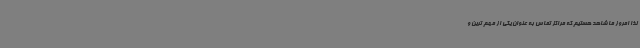
لذا امروز ما شاهد هستیم که مراکز تماس به عنوان یکی از مهم ترین و